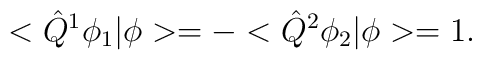
<\hat{Q}^1\phi_1|\phi>=-<\hat{Q}^2\phi_2|\phi>=1.